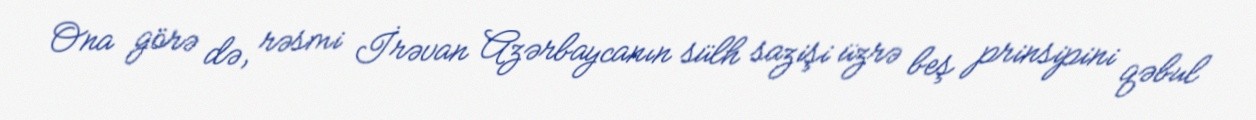
Ona görə də, rəsmi İrəvan Azərbaycanın sülh sazişi üzrə beş prinsipini qəbul